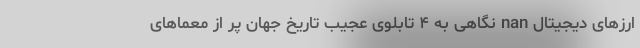
ارزهای دیجیتال nan نگاهی به ۴ تابلوی عجیب تاریخ جهان پر از معماهای